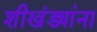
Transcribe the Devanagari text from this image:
शीखंड्यांना